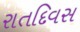
રાતદિવસ